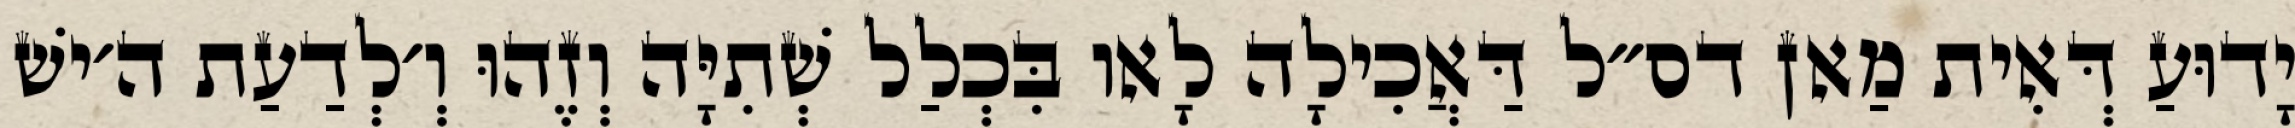
יָדוּעַ דְּאִית מַאן דס״ל דַּאֲכִילָה לָאו בִּכְלַל שְׁתִיָּה וְזֶהוּ וְ׳לְדַעַת ה׳ישׁ